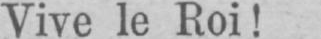
Vive le Roi!